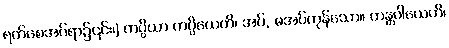
ရက်စေအပ်ရာ၌၎င်း၊) ကပ္ပိယာ ကပ္ပိယေတိ၊ အပ်, မအပ်ကုန်သော။ တန္တဝါယေဟိ၊